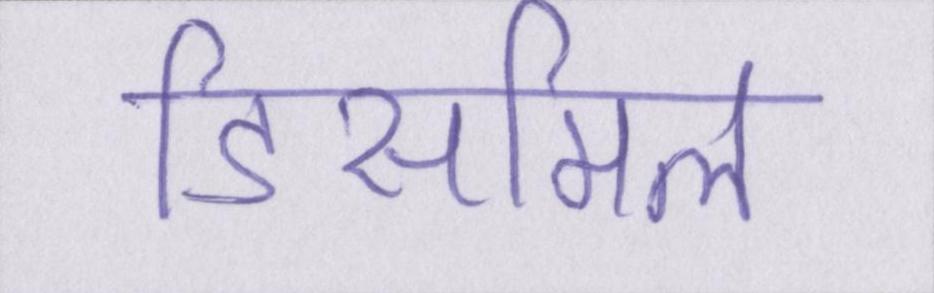
डिसमिल